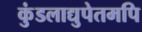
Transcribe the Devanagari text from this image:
कुंडलाद्युपेतमपि